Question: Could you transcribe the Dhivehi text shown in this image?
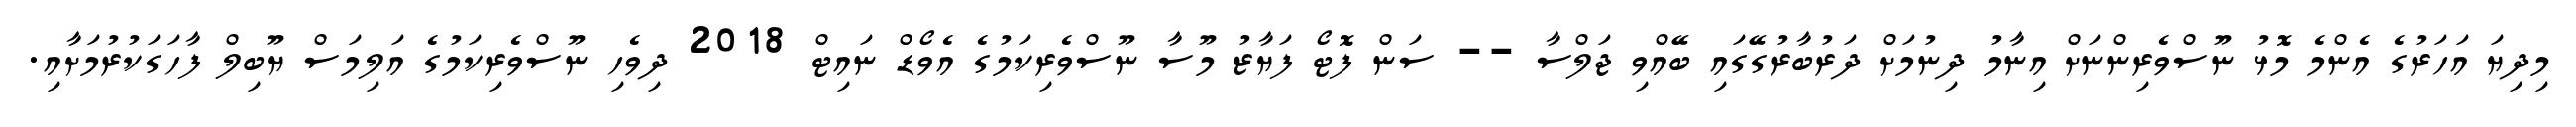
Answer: މިދިޔަ އަހަރުގެ އެންމެ މޮޅު ނޫސްވެރިންނަށް އިނާމު ދިނުމަށް ދަރުބާރުގޭގައި ބޭއްވި ޖަލްސާ -- ސަން ފޮޓޯ ފަޔާޒު މޫސާ ނޫސްވެރިކަމުގެ އެވޯޑް ނައިޓް 2018 ދިވެހި ނޫސްވެރިކަމުގެ އަލިމަސް ޔޫބިލް ފާހަގަކުރުމަށާއި.